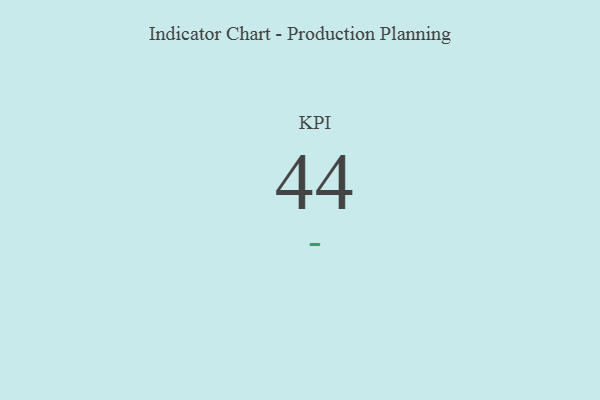
{"axis": {"x": "KPI", "y": "Value"}, "legend": [""], "data": [{"x": "KPI", "y": 44, "type": ""}]}